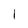
Character: l